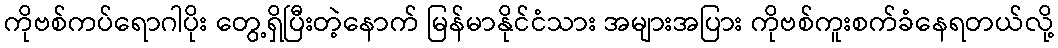
ကိုဗစ်ကပ်ရောဂါပိုး တွေ့ရှိပြီးတဲ့နောက် မြန်မာနိုင်ငံသား အများအပြား ကိုဗစ်ကူးစက်ခံနေရတယ်လို့